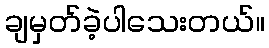
ချမှတ်ခဲ့ပါသေးတယ်။